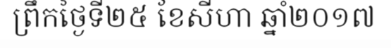
ព្រឹកថ្ងៃទី២៥ ខែសីហា ឆ្នាំ២០១៧